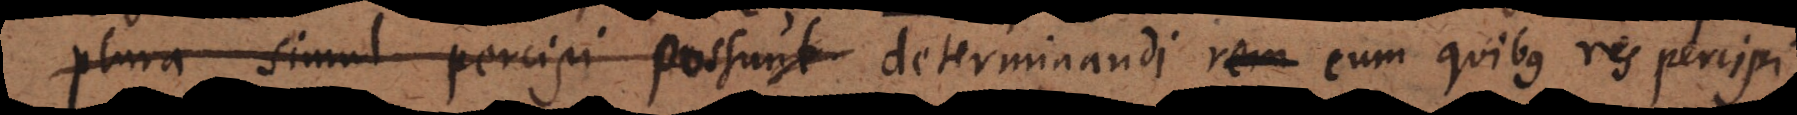
plura simul percipi possunt determinandi rem cum quibus res percip